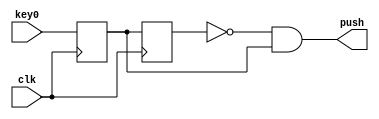
module key
(
	input clk,
	input key0,
	output push
);
reg but_r;
reg but_rr;
always @(posedge clk)
begin
	but_r <= key0;
	but_rr <= but_r;
end
	assign push = ~but_rr & but_r;
endmodule


module sdvig
(
	input clk,
	input key0,
	input key2,
	input sw0,
	output LEDS

);

wire push0, push2;
reg [7:0] byte;

key key_0
(
	.clk	(clk),
	.key0	(key0),
	.push	(push0)
);

key key_2
(
	.clk	(clk),
	.key0	(key2),
	.push	(push2)

);


always @(posedge clk)
begin
	if (push0)
		byte <= 0;
	else if (push2)
		byte <= (byte << 1) + sw0;	
end

assign LEDS = byte;

endmodule